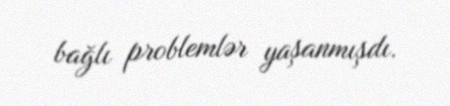
bağlı problemlər yaşanmışdı.